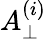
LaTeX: A_{\perp}^{(i)}